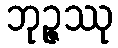
ဘုဉ္ဇဿု